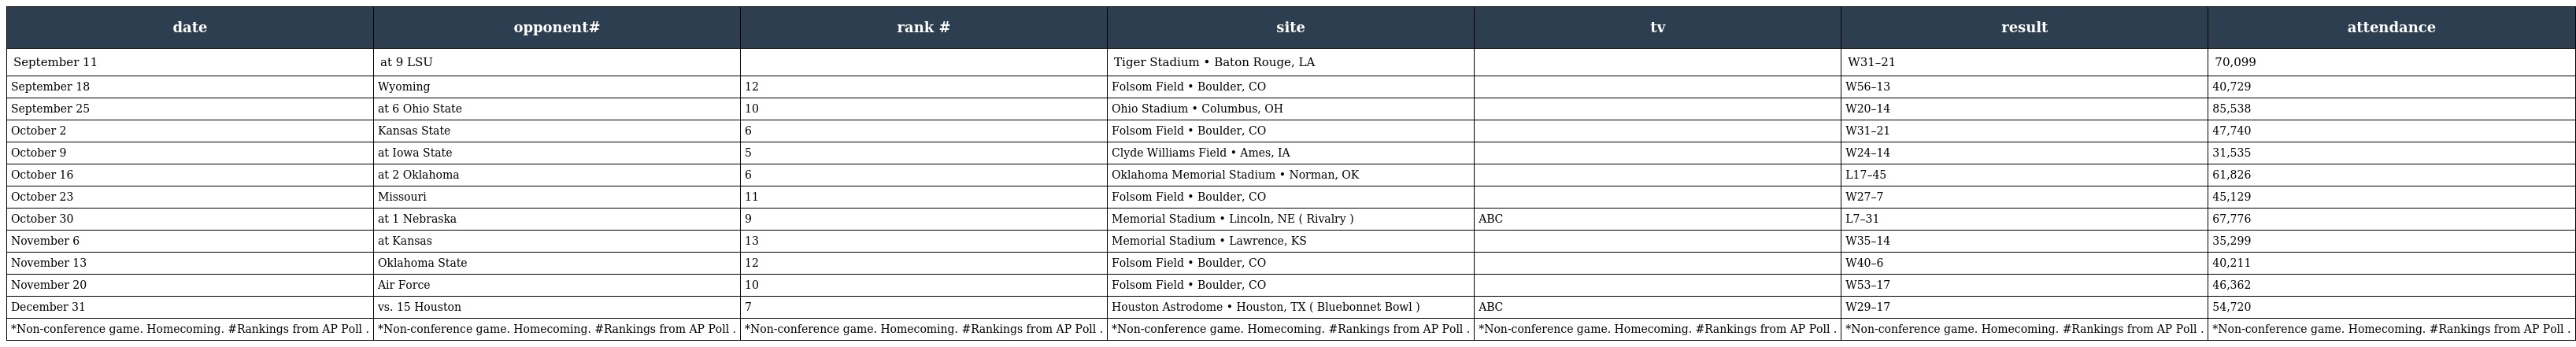
| date | opponent# | rank # | site | tv | result | attendance |
 | --- | --- | --- | --- | --- | --- | --- |
 | September 11 | at 9 LSU |  | Tiger Stadium • Baton Rouge, LA |  | W31–21 | 70,099 |
 | September 18 | Wyoming | 12 | Folsom Field • Boulder, CO |  | W56–13 | 40,729 |
 | September 25 | at 6 Ohio State | 10 | Ohio Stadium • Columbus, OH |  | W20–14 | 85,538 |
 | October 2 | Kansas State | 6 | Folsom Field • Boulder, CO |  | W31–21 | 47,740 |
 | October 9 | at Iowa State | 5 | Clyde Williams Field • Ames, IA |  | W24–14 | 31,535 |
 | October 16 | at 2 Oklahoma | 6 | Oklahoma Memorial Stadium • Norman, OK |  | L17–45 | 61,826 |
 | October 23 | Missouri | 11 | Folsom Field • Boulder, CO |  | W27–7 | 45,129 |
 | October 30 | at 1 Nebraska | 9 | Memorial Stadium • Lincoln, NE ( Rivalry ) | ABC | L7–31 | 67,776 |
 | November 6 | at Kansas | 13 | Memorial Stadium • Lawrence, KS |  | W35–14 | 35,299 |
 | November 13 | Oklahoma State | 12 | Folsom Field • Boulder, CO |  | W40–6 | 40,211 |
 | November 20 | Air Force | 10 | Folsom Field • Boulder, CO |  | W53–17 | 46,362 |
 | December 31 | vs. 15 Houston | 7 | Houston Astrodome • Houston, TX ( Bluebonnet Bowl ) | ABC | W29–17 | 54,720 |
 | *Non-conference game. Homecoming. #Rankings from AP Poll . | *Non-conference game. Homecoming. #Rankings from AP Poll . | *Non-conference game. Homecoming. #Rankings from AP Poll . | *Non-conference game. Homecoming. #Rankings from AP Poll . | *Non-conference game. Homecoming. #Rankings from AP Poll . | *Non-conference game. Homecoming. #Rankings from AP Poll . | *Non-conference game. Homecoming. #Rankings from AP Poll . |